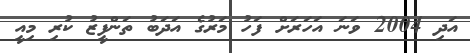
އަދި 2004 ވަނަ އަހަރަށް ފަހު މަރުގެ އަދަބު ތަންފީޒު ކުރި މިއީ